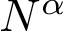
N ^ { \alpha }